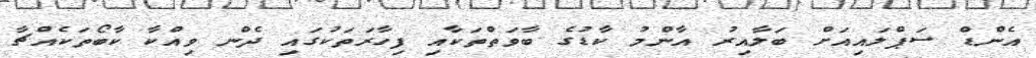
އެންޑް ސަޕްލައިއަށް ބަލާއިރު އާންމު ކާޑުގެ ބާވަތްތަކާއި ފިހާރަތަކުގައި ދެން ވިއްކާ ކާބޯތަކެއްޗާ